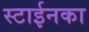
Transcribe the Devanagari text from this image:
स्टाईनका